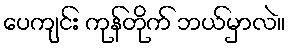
ပေကျင်း ကုန်တိုက် ဘယ်မှာလဲ။